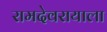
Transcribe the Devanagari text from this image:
रामदेवरायाला